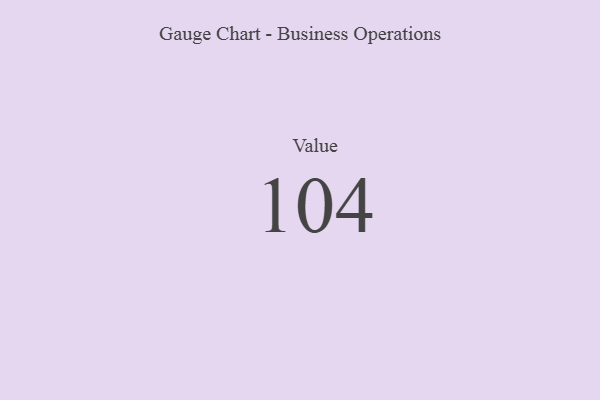
{"axis": {"x": "Metric", "y": "Value"}, "legend": [""], "data": [{"x": "Value", "y": 104, "type": ""}]}